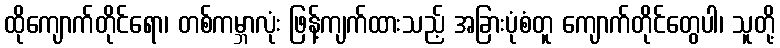
ထိုကျောက်တိုင်ရော၊ တစ်ကမ္ဘာလုံး ဖြန့်ကျက်ထားသည့် အခြားပုံစံတူ ကျောက်တိုင်တွေပါ၊ သူတို့